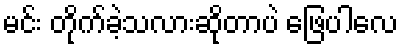
မင်း တိုက်ခဲ့သလားဆိုတာပဲ ဖြေပါလေ